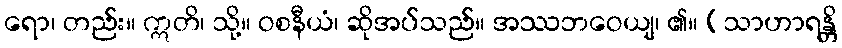
ရော၊ တည်း။ ဣတိ၊ သို့။ ဝစနီယံ၊ ဆိုအပ်သည်။ အဿဘဝေယျ၊ ၏။ (သာဟာရန္တိ